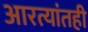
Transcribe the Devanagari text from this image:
आरत्यांतही